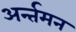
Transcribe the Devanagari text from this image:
अर्न्‍तमन